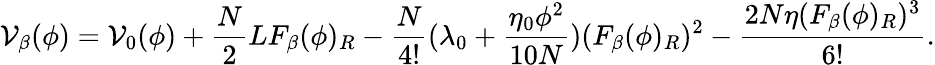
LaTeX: \mathcal{V}_{\beta}(\phi)=\mathcal{V}_{0}(\phi)+\frac{{N}}{{2}}LF_{\beta}(\phi)_{R}-\frac{{N}}{{4!}}(\lambda_{0}+\frac{{\eta_{0}\phi^{2}}}{{10N}})(F_{\beta}(\phi)_{R})^{2}-\frac{{2N\eta(F_{\beta}(\phi)_{R})^{3}}}{{6!}}.